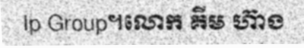
Ip Group។លោក គីម ហ៊ាង